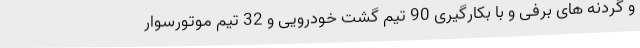
و گردنه های برفی و با بکارگیری 90 تیم گشت خودرویی و 32 تیم موتورسوار